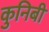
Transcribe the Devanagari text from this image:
कुनिबी